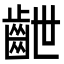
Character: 齛